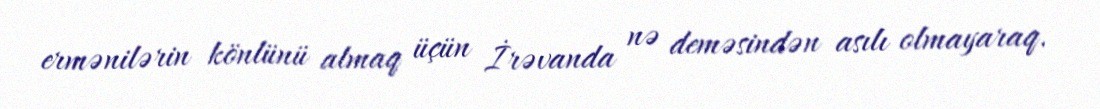
ermənilərin könlünü almaq üçün İrəvanda nə deməsindən asılı olmayaraq.